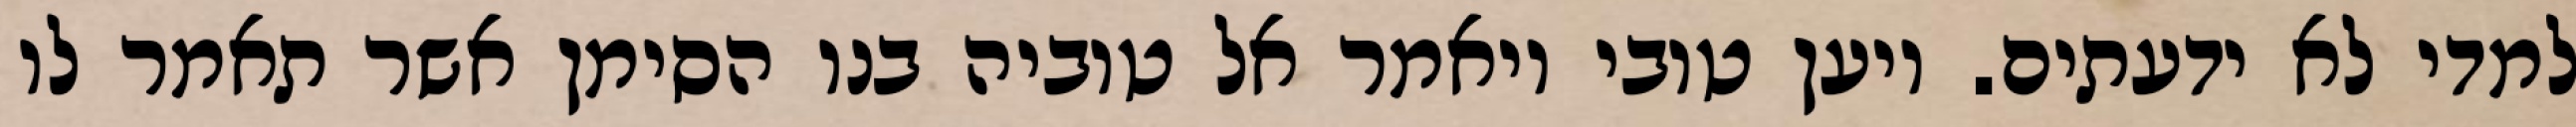
למדי לא ידעתים. ויען טובי ויאמר אל טוביה בנו הסימן אשר תאמר לו